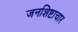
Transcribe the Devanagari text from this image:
जनशिष्टाचार